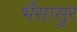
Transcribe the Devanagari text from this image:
भैंसासुर